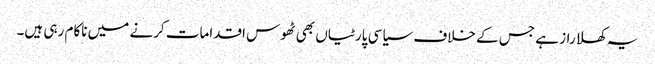
یہ کھلا راز ہے جس کے خلاف سیاسی پارٹیاں بھی ٹھوس اقدامات کرنے میں ناکام رہی ہیں۔